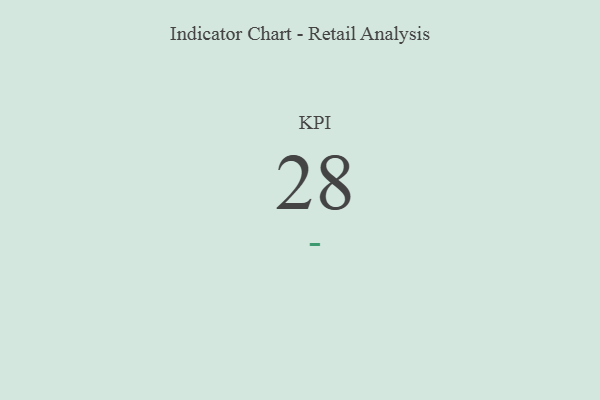
{"axis": {"x": "KPI", "y": "Value"}, "legend": [""], "data": [{"x": "KPI", "y": 28, "type": ""}]}